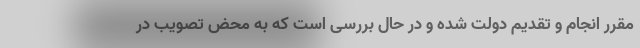
مقرر انجام و تقدیم دولت شده و در حال بررسی است که به محض تصویب در